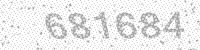
Solution: 681684